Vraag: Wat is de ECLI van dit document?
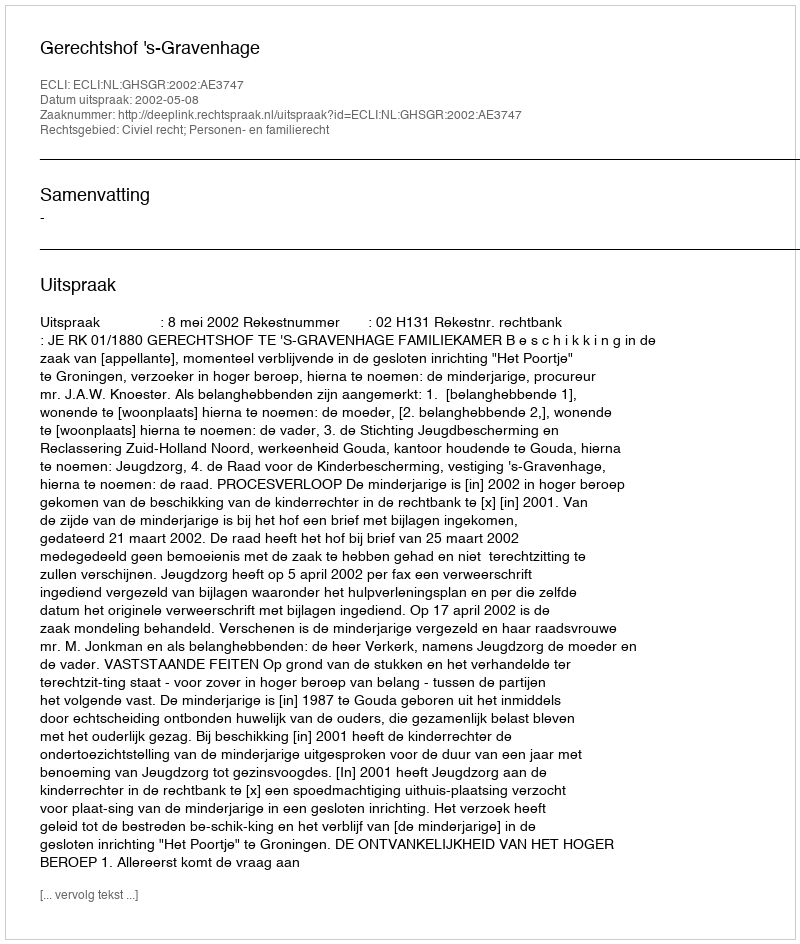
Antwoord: ECLI:NL:GHSGR:2002:AE3747